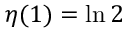
\! \ \eta ( 1 ) = \ln 2